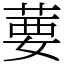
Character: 葽